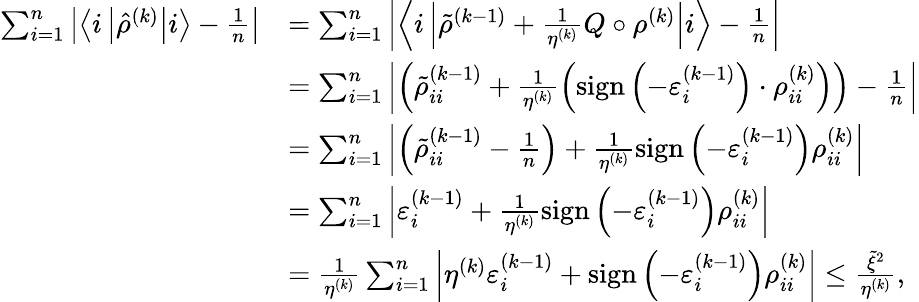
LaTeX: \begin{array}{rl}{\sum_{i=1}^{n}\left|\left\langle i\left|\hat{\rho}^{(k)}\right|i\right\rangle-\frac{1}{n}\right|}&{=\sum_{i=1}^{n}\left|\left\langle i\left|\tilde{\rho}^{(k-1)}+\frac{1}{\eta^{(k)}}Q\circ\rho^{(k)}\right|i\right\rangle-\frac{1}{n}\right|}\\ &{=\sum_{i=1}^{n}\left|\left(\tilde{\rho}_{ii}^{(k-1)}+\frac{1}{\eta^{(k)}}\left(\textup{sign}\left(-\varepsilon_{i}^{(k-1)}\right)\cdot\rho_{ii}^{(k)}\right)\right)-\frac{1}{n}\right|}\\ &{=\sum_{i=1}^{n}\left|\left(\tilde{\rho}_{ii}^{(k-1)}-\frac{1}{n}\right)+\frac{1}{\eta^{(k)}}\textup{sign}\left(-\varepsilon_{i}^{(k-1)}\right)\rho_{ii}^{(k)}\right|}\\ &{=\sum_{i=1}^{n}\left|\varepsilon_{i}^{(k-1)}+\frac{1}{\eta^{(k)}}\textup{sign}\left(-\varepsilon_{i}^{(k-1)}\right)\rho_{ii}^{(k)}\right|}\\ &{=\frac{1}{\eta^{(k)}}\sum_{i=1}^{n}\left|\eta^{(k)}\varepsilon_{i}^{(k-1)}+\textup{sign}\left(-\varepsilon_{i}^{(k-1)}\right)\rho_{ii}^{(k)}\right|\leq\frac{\tilde{\xi}^{2}}{\eta^{(k)}},}\end{array}